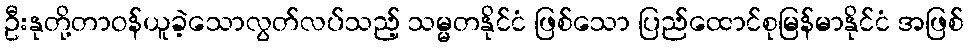
ဦးနုတို့တာဝန်ယူခဲ့သောလွတ်လပ်သည့် သမ္မတနိုင်ငံ ဖြစ်သော ပြည်ထောင်စုမြန်မာနိုင်ငံ အဖြစ်